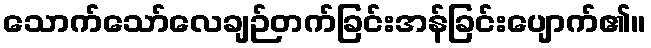
သောက်သော်လေချဉ်တက်ခြင်းအန်ခြင်းပျောက်၏။